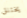
يختنق